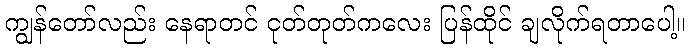
ကျွန်တော်လည်း နေရာတင် ငုတ်တုတ်ကလေး ပြန်ထိုင် ချလိုက်ရတာပေါ့။